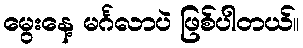
မွေးနေ့ မင်္ဂလာပဲ ဖြစ်ပါတယ်။